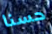
حسنا